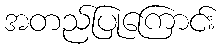
အတည်ပြုကြောင်း